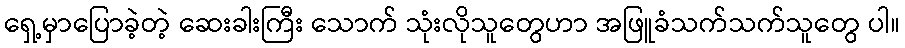
ရှေ့မှာပြောခဲ့တဲ့ ဆေးခါးကြီး သောက် သုံးလိုသူတွေဟာ အဖြူခံသက်သက်သူတွေ ပါ။